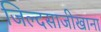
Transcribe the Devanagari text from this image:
जिल्दसाजीखाना